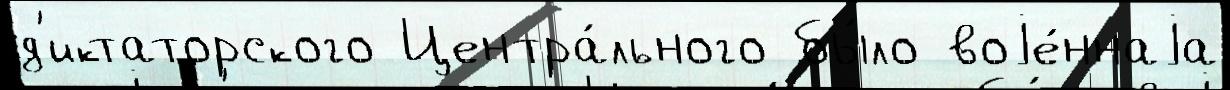
д'иктаторского Центра́льного бы́ло воjе́ннаjа